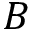
\boldsymbol { B }